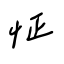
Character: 怔